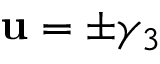
{ \bf u } = \pm \gamma _ { 3 }